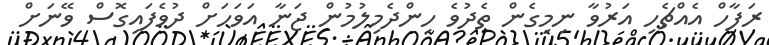
ރަފާހް އެއްޗެހި އަރުވާ ނިމިގެން ތެދުވެ ހިންދެމިލުމުން ޖަނާ އަވަހަށް ދުވެފައިގޮސް ވޭނަށް